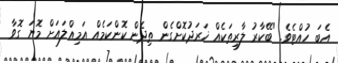
އެބަ ހުއްޓެވެ. "ބޭކާރު ލާރިތަކެއް ޚަރަދުކޮށްގެން ތިދެން ކޮންކަމެއް އަމިއްލައަށް މޮޔަ ގޮވާ